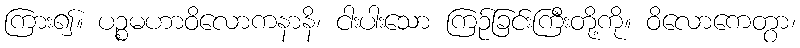
ကြား၍။ ပဉ္စမဟာဝိလောကနာနိ၊ ငါးပါးသော ကြဉ်ခြင်းကြီးတို့ကို။ ဝိလောကေတွာ၊